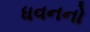
ધવનનો